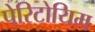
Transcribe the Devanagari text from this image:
पेरिटोयिम